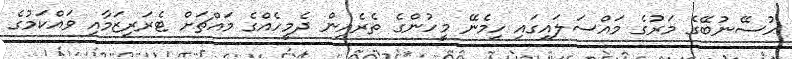
ހުސޭނުބޭގެ މަރުގެ މައްސަލައިގައި ހިމެނޭ މީހުންގެ ތެރެއިން ދެމީހެއްގެ މައްޗަށް ޓެރަރިޒަމާއި ވައްކަމުގެ